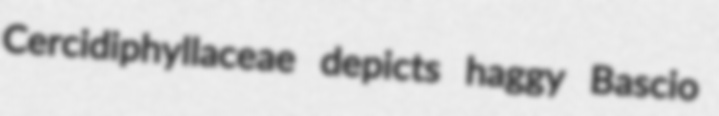
Cercidiphyllaceae depicts haggy Bascio